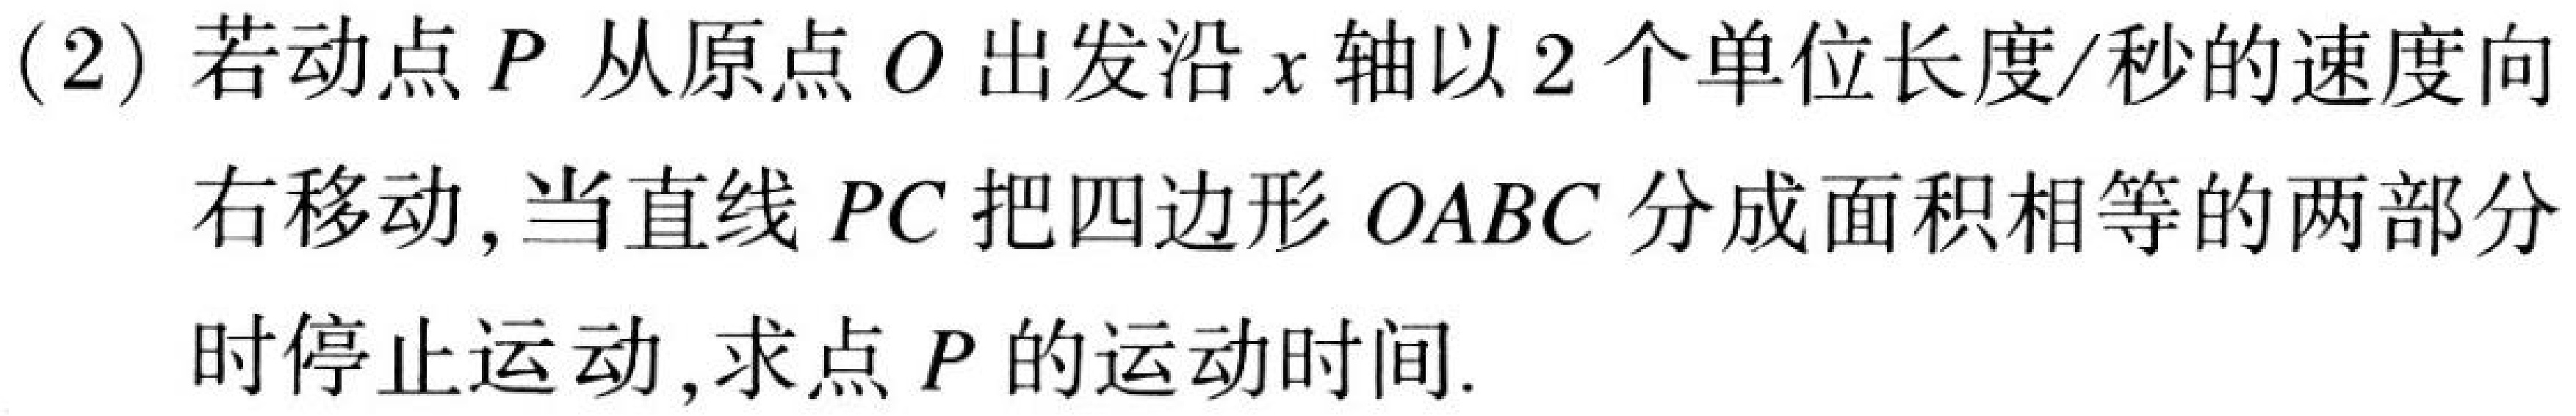
(2)若动点$P$从原点$O$出发沿$x$轴以$2$个单位长度/秒的速度向
右移动,当直线$PC$把四边形$OABC$分成面积相等的两部分
时停止运动,求点$P$的运动时间.